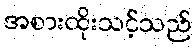
အစားထိုးသင့်သည်